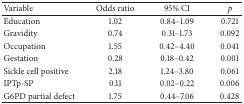
<table><thead><tr><td><b>Variable</b></td><td><b>Odds ratio</b></td><td><b>95% CI</b></td><td><b><i>p</i></b></td></tr></thead><tbody><tr><td>Education</td><td>1.02</td><td>0.84–1.09</td><td>0.721</td></tr><tr><td>Gravidity</td><td>0.74</td><td>0.31–1.73</td><td>0.092</td></tr><tr><td>Occupation</td><td>1.55</td><td>0.42–4.40</td><td>0.041</td></tr><tr><td>Gestation</td><td>0.28</td><td>0.18–0.42</td><td>0.001</td></tr><tr><td>Sickle cell positive</td><td>2.18</td><td>1.24–3.80</td><td>0.061</td></tr><tr><td>IPTp-SP</td><td>0.11</td><td>0.02–0.22</td><td>0.006</td></tr><tr><td>G6PD partial defect</td><td>1.75</td><td>0.44–7.06</td><td>0.428</td></tr></tbody></table>